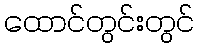
ထောင်တွင်းတွင်